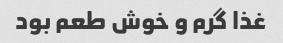
غذا گرم و خوش طعم بود